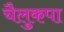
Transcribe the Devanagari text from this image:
चैलुकपा